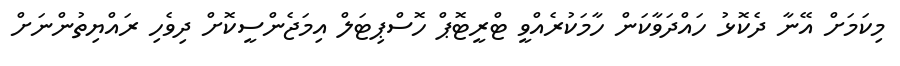
މިކަމަށް އޭނާ ދެކޮޅު ހައްދަވާކަން ހާމަކުރެއްވީ ޓްރީޓޮޕް ހޮސްޕިޓަލް އިމަޖެންސީކޮށް ދިވެހި ރައްޔިތުންނަށް